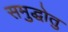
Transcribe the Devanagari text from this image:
समुद्धोतु